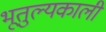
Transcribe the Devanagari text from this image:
भूतुल्यकाली